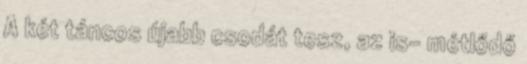
A két táncos újabb csodát tesz, az is- métlődő